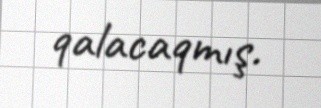
qalacaqmış.